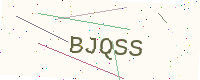
Text: BJQSS